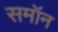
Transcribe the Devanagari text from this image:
समॉन